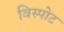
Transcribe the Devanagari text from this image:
विस्पोट